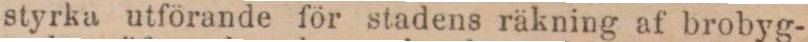
styrka utförande för stadens räkning af brobyg-